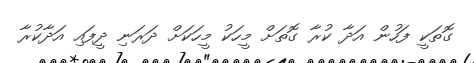
ގޮތަކީ ފަހުން އަދާ ކުރާ ގޮތަށް މީހަކު މީހަކަށް ދަރަނި ދީފައި އަދާކުރާ